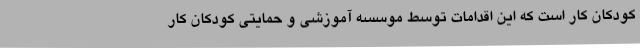
کودکان کار است که این اقدامات توسط موسسه آموزشی و حمایتی کودکان کار